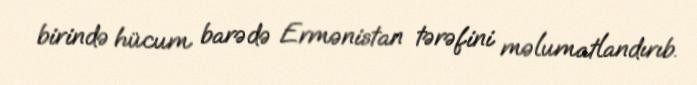
birində hücum barədə Ermənistan tərəfini məlumatlandırıb.